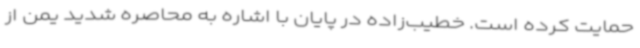
حمایت کرده است. خطیب‌زاده در پایان با اشاره به محاصره شدید یمن از